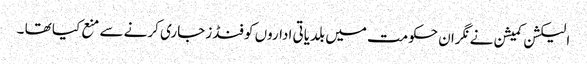
الیکشن کمیشن نے نگران حکومت میں بلدیاتی اداروں کو فنڈز جاری کرنے سے منع کیا تھا ۔